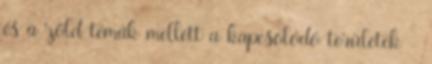
és a zöld témák mellett a kapcsolódó területek -